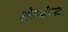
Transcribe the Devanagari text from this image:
क्रेकेट